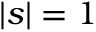
\left| \boldsymbol { s } \right| = 1